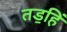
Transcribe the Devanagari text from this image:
तड॒हिं